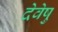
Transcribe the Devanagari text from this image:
देवेषु